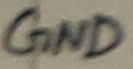
Text: GND